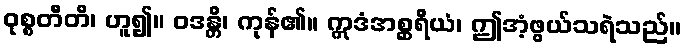
ဝုစ္စတီတိ၊ ဟူ၍။ ဝဒန္တိ၊ ကုန်၏။ ဣဒံအစ္ဆရိယံ၊ ဤအံ့ဖွယ်သရဲသည်။